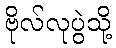
ဗိုလ်လုပွဲသို့